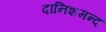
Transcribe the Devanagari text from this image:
दानिशमन्द